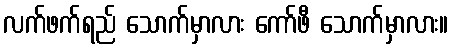
လက်ဖက်ရည် သောက်မှာလား ကော်ဖီ သောက်မှာလား။